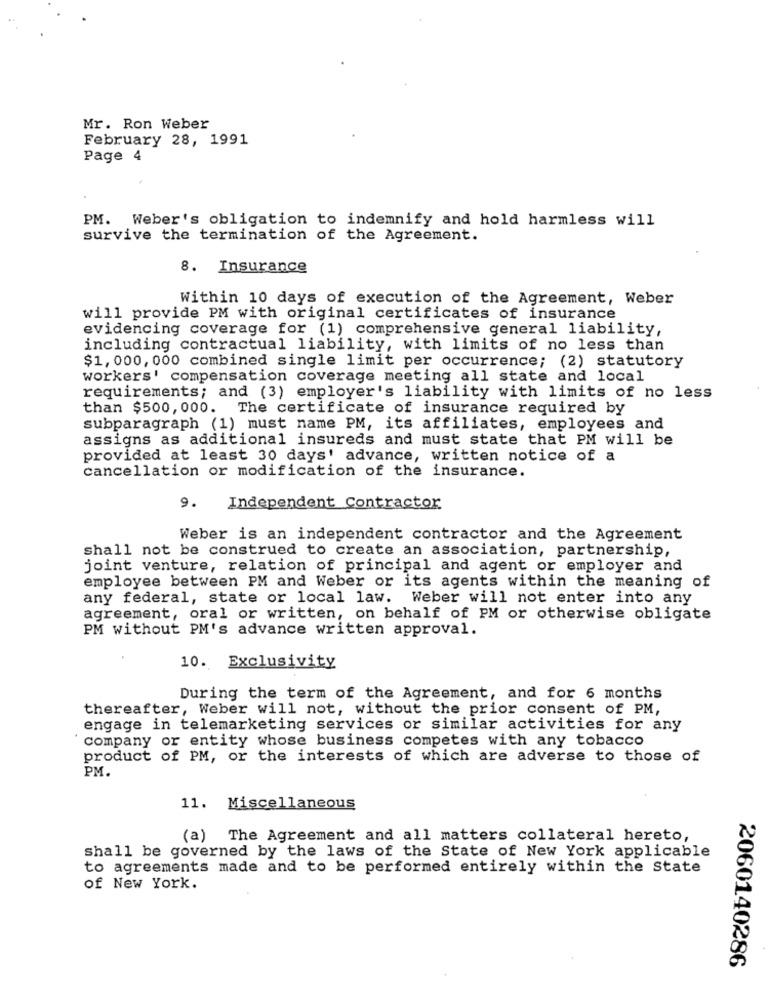
Mr. Ron Weber
February 28, 1991
Page 4
PM. Weber's obligation to indemnify and hold harmless will
survive the termination of the Agreement.
8. Insurance
Within 10 days of execution of the Agreement, Weber
will provide PM with original certificates of insurance
evidencing coverage for (1) comprehensive general liability,
including contractual liability, with limits of no less than
$1, 000, 000 combined single limit per occurrence; (2) statutory
workers' compensation coverage meeting all state and local
requirements; and (3) employer's liability with limits of no less
than $500, 000. The certificate of insurance required by
subparagraph (1) must name PM, its affiliates, employees and
assigns as additional insureds and must state that PM will be
provided at least 30 days' advance, written notice of a
cancellation or modification of the insurance.
9. Independent Contractor
Weber is an independent contractor and the Agreement
shall not be construed to create an association, partnership,
joint venture, relation of principal and agent or employer and
employee between PM and Weber or its agents within the meaning of
any federal, state or local law. Weber will not enter into any
agreement, oral or written, on behalf of PM or otherwise obligate
PM without PM's advance written approval.
10. Exclusivity
During the term of the Agreement, and for 6 months
thereafter, Weber will not, without the prior consent of PM,
engage in telemarketing services or similar activities for any
company or entity whose business competes with any tobacco
product of PM, or the interests of which are adverse to those of
PM.
11.
Miscellaneous
(a) The Agreement and all matters collateral hereto,
shall be governed by the laws of the State of New York applicable
to agreements made and to be performed entirely within the State
of New York.
2060140286